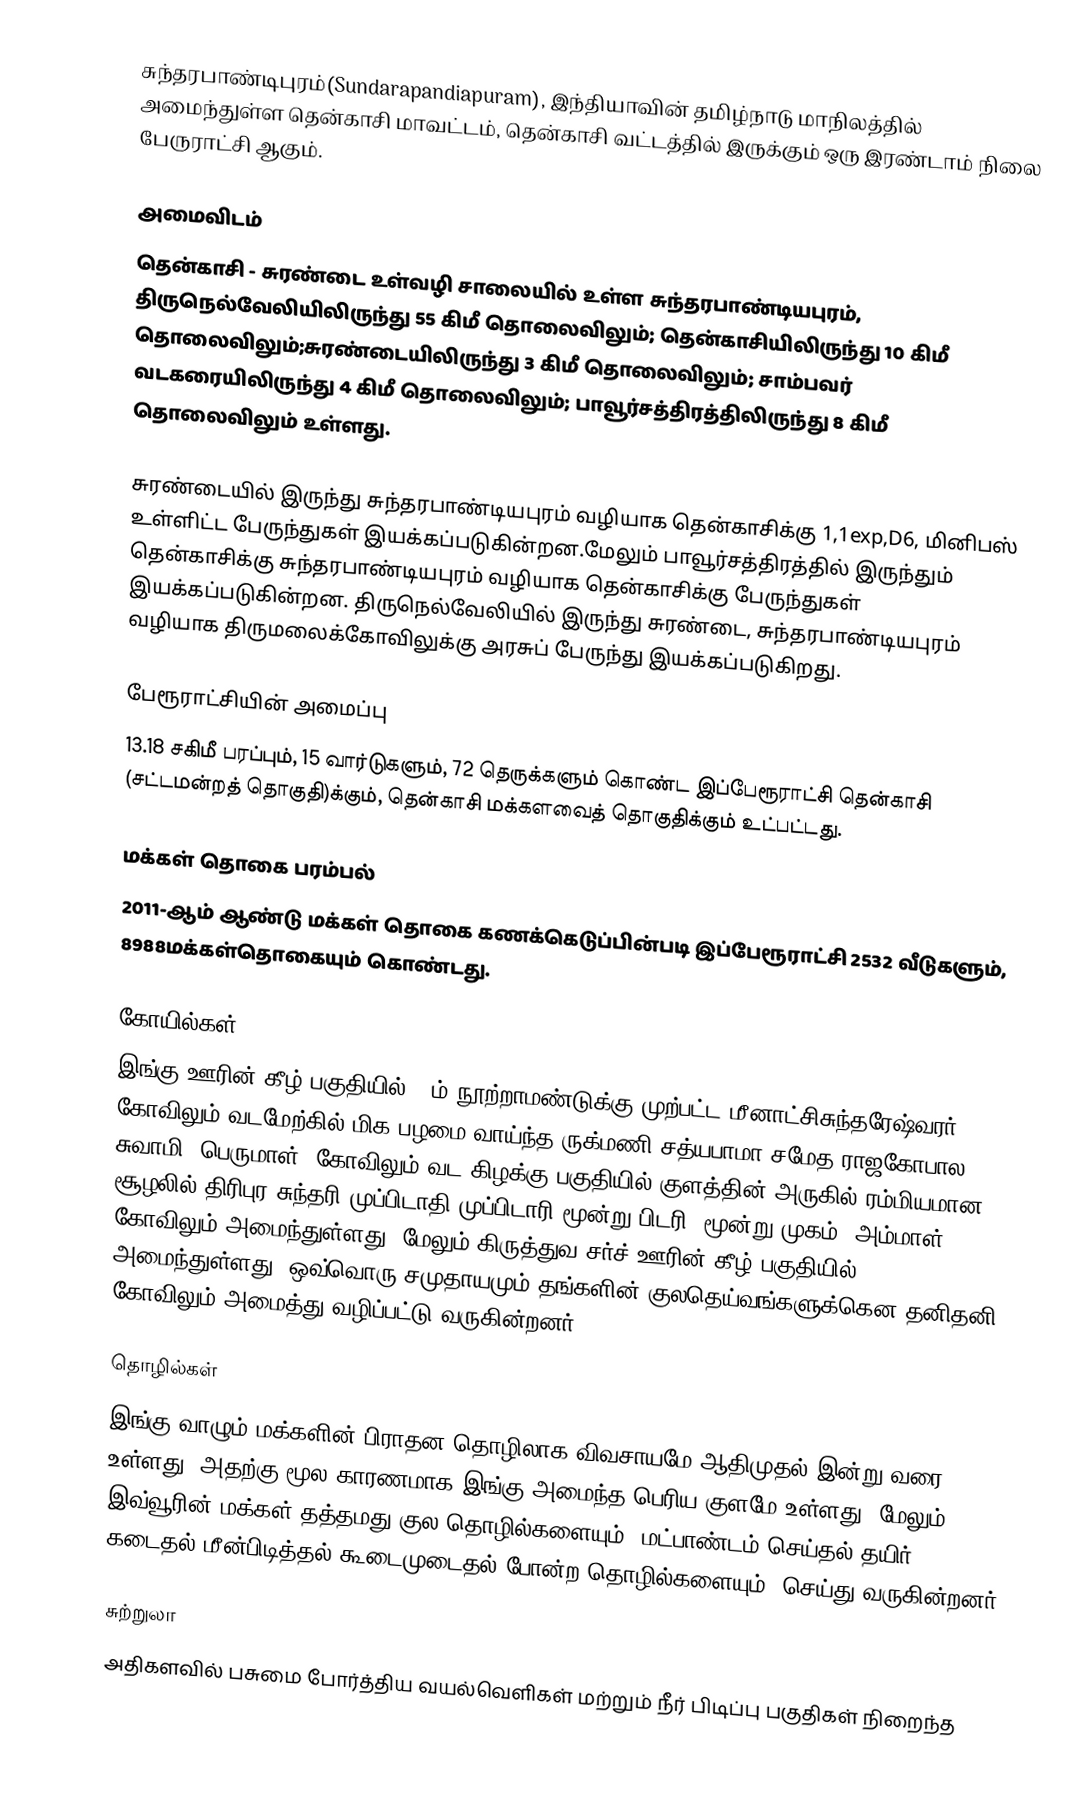
சுந்தரபாண்டிபுரம்(Sundarapandiapuram), இந்தியாவின் தமிழ்நாடு மாநிலத்தில் அமைந்துள்ள தென்காசி மாவட்டம், தென்காசி வட்டத்தில் இருக்கும் ஒரு இரண்டாம் நிலை பேருராட்சி  ஆகும்.

அமைவிடம்
தென்காசி - சுரண்டை உள்வழி சாலையில் உள்ள சுந்தரபாண்டியபுரம், திருநெல்வேலியிலிருந்து 55 கிமீ தொலைவிலும்; தென்காசியிலிருந்து 10 கிமீ தொலைவிலும்;சுரண்டையிலிருந்து 3 கிமீ தொலைவிலும்; சாம்பவர் வடகரையிலிருந்து 4 கிமீ தொலைவிலும்; பாவூர்சத்திரத்திலிருந்து 8 கிமீ தொலைவிலும் உள்ளது.

சுரண்டையில் இருந்து சுந்தரபாண்டியபுரம் வழியாக தென்காசிக்கு 1,1exp,D6, மினிபஸ் உள்ளிட்ட பேருந்துகள் இயக்கப்படுகின்றன.மேலும் பாவூர்சத்திரத்தில் இருந்தும் தென்காசிக்கு சுந்தரபாண்டியபுரம் வழியாக தென்காசிக்கு பேருந்துகள் இயக்கப்படுகின்றன. திருநெல்வேலியில் இருந்து சுரண்டை, சுந்தரபாண்டியபுரம் வழியாக திருமலைக்கோவிலுக்கு அரசுப் பேருந்து இயக்கப்படுகிறது.

பேரூராட்சியின் அமைப்பு
13.18 சகிமீ பரப்பும், 15  வார்டுகளும், 72 தெருக்களும் கொண்ட இப்பேரூராட்சி  தென்காசி (சட்டமன்றத் தொகுதி)க்கும், தென்காசி மக்களவைத் தொகுதிக்கும் உட்பட்டது.

மக்கள் தொகை பரம்பல்
2011-ஆம் ஆண்டு மக்கள் தொகை கணக்கெடுப்பின்படி  இப்பேரூராட்சி                      2532 வீடுகளும்,   8988மக்கள்தொகையும் கொண்டது.

கோயில்கள்
இங்கு ஊரின் கீழ் பகுதியில் 19ம் நூற்றாமண்டுக்கு முற்பட்ட மீனாட்சிசுந்தரேஷ்வரர் கோவிலும் வடமேற்கில் மிக பழமை வாய்ந்த ருக்மணி சத்யபாமா சமேத ராஜகோபால சுவாமி  (பெருமாள்) கோவிலும் வட கிழக்கு பகுதியில் குளத்தின் அருகில் ரம்மியமான சூழலில்  திரிபுர சுந்தரி முப்பிடாதி(முப்பிடாரி=மூன்று பிடரி, மூன்று முகம்) அம்மாள் கோவிலும் அமைந்துள்ளது. மேலும் கிருத்துவ சர்ச் ஊரின் கீழ் பகுதியில் அமைந்துள்ளது. ஒவ்வொரு சமுதாயமும் தங்களின் குலதெய்வங்களுக்கென தனிதனி கோவிலும் அமைத்து வழிப்பட்டு வருகின்றனர்.

தொழில்கள்
இங்கு வாழும் மக்களின் பிராதன தொழிலாக விவசாயமே ஆதிமுதல் இன்று வரை உள்ளது. அதற்கு மூல காரணமாக இங்கு அமைந்த பெரிய குளமே உள்ளது. மேலும் இவ்வூரின் மக்கள் தத்தமது குல தொழில்களையும் (மட்பாண்டம் செய்தல்,தயிர் கடைதல்,மீன்பிடித்தல்,கூடைமுடைதல் போன்ற தொழில்களையும்) செய்து வருகின்றனர்.

சுற்றுலா
அதிகளவில் பசுமை போர்த்திய வயல்வெளிகள் மற்றும் நீர் பிடிப்பு பகுதிகள் நிறைந்த